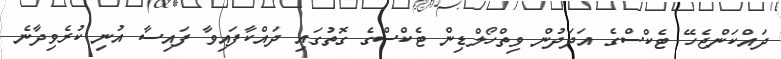
ދައްކަންޖެހޭ ޓެކްސްގެ އަދަދުން ވިތްހޯލްޑިން ޓެކްސްގެ ގޮތުގައި ދައްކާފައިވާ ފައިސާ އުނި ކުރެވިދާނެ